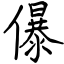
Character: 儤